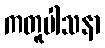
ကတူပါသနာ